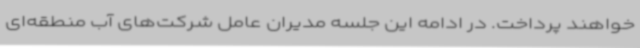
خواهند پرداخت. در ادامه این جلسه مدیران عامل شرکت‌های آب منطقه‌ای